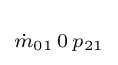
\scriptstyle {\dot {m}}_{01}\,0\,p_{21}